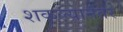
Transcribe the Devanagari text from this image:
शकल्यानंतर